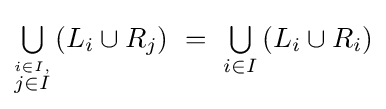
{\textstyle \bigcup \limits _{\stackrel {i\in I,}{j\in I}}}\left(L_{i}\cup R_{j}\right)~=~{\textstyle \bigcup \limits _{i\in I}}\left(L_{i}\cup R_{i}\right)